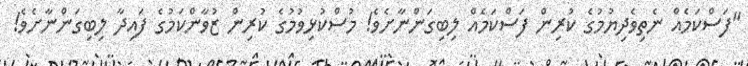
"ފަސްކަމެއް ނެތިވެދިޔުމުގެ ކުރިން ފަސްކަމެއް ލިބިގަންނާށެވެ! މުސްކުޅިވުމުގެ ކުރިން ޒުވާންކަމުގެ ފައިދާ ލިބިގަންނާށެވެ!